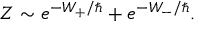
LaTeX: Z \sim e ^ { - W _ { + } / \hbar } + e ^ { - W _ { - } / \hbar } .